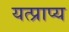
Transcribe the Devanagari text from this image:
यत्प्राप्य